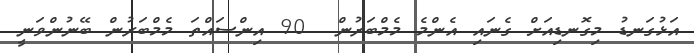
އަޅުގަނޑު މިގޮނޑިއަށް ގެނައި އެންމެ މެމްބަރުން  90 އިންސައްތަ މެމްބަރުން ބޭނުންވަނީ